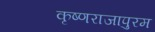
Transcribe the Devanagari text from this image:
कृष्णराजापुरम